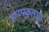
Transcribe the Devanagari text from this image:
हायस्‍कुलचा